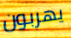
يهربون